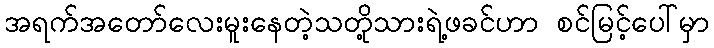
အရက်အတော်လေးမူးနေတဲ့သတို့သားရဲ့ဖခင်ဟာ စင်မြင့်ပေါ်မှာ